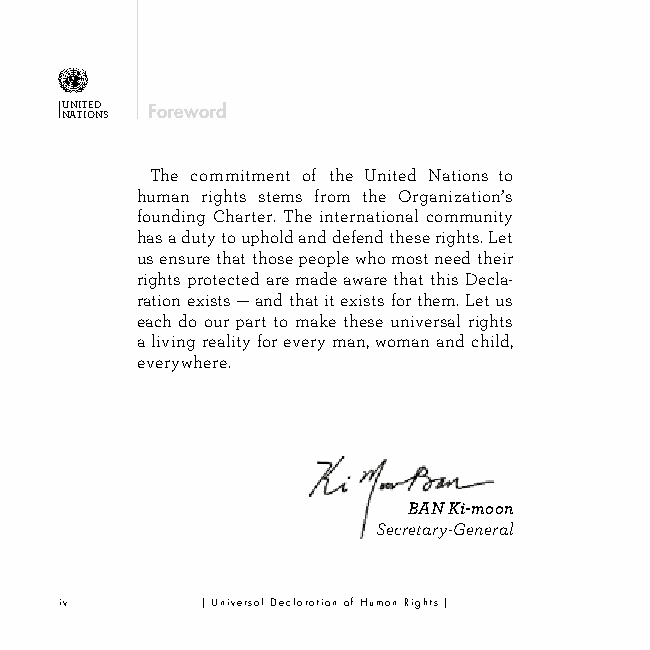
U NN ATIT IOED NS Foreword
 The commitment of the United Nations to
 human rights stems from the Organization’s
 founding Charter. The international community
 has a duty to uphold and defend these rights. Let
 us ensure that those people who most need their
 rights protected are made aware that this Decla-
 ration exists — and that it exists for them. Let us
 each do our part to make these universal rights
 a living reality for every man, woman and child,
 everywhere.
 BAN Ki-moon
 Secretary-General
 iv       | Universal Declaration of Human Rights |